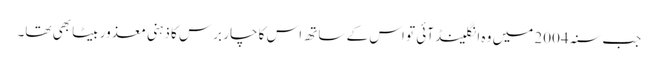
جب سنہ 2004 میں وہ انگلینڈ آئی تو اس کے ساتھ اس کا چار برس کا ذہنی معذور بیٹا بھی تھا۔